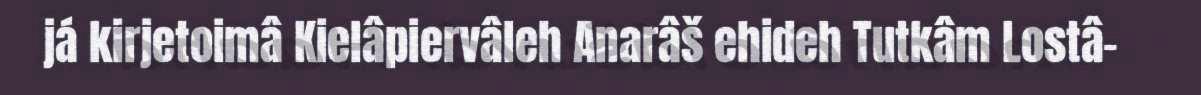
já kirjetoimâ Kielâpiervâleh Anarâš ehideh Tutkâm Lostâ-